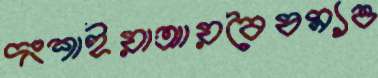
দংশাইয়াআয়বৈষম্যও